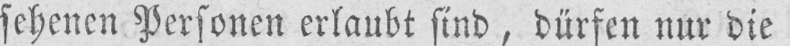
sehenen Personen erlaubt sind, dürfen nur die